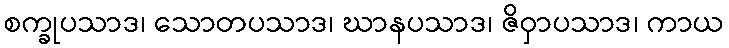
စက္ခုပသာဒ၊ သောတပသာဒ၊ ဃာနပသာဒ၊ ဇိဝှာပသာဒ၊ ကာယ